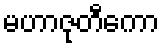
မဟာဇုတီကော